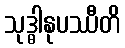
သုဒ္ဓါနုပဿီတိ